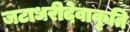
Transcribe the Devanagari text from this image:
जटाधरीदेवाकृति